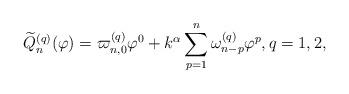
LaTeX: \begin{align*} \widetilde{Q}_{n}^{(q)}(\varphi) = \varpi_{n,0}^{(q)} \varphi^0 + k^{\alpha}\sum\limits_{p=1}^{n} \omega_{n-p}^{(q)} \varphi^{p}, q=1,2, \end{align*}